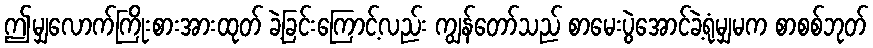
ဤမျှလောက်ကြိုးစားအားထုတ် ခဲ့ခြင်းကြောင့်လည်း ကျွန်တော်သည် စာမေးပွဲအောင်ခဲ့ရုံမျှမက စာစစ်ဘုတ်